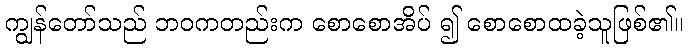
ကျွန်တော်သည် ဘဝကတည်းက စောစောအိပ် ၍ စောစောထခဲ့သူဖြစ်၏။